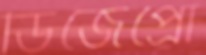
ডিজেপ্রো